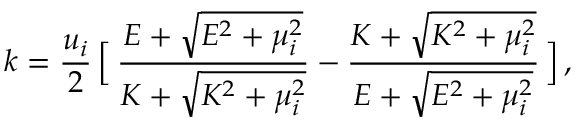
k = { \frac { u _ { i } } { 2 } } \, \Big [ \, { \frac { { \cal E } + \sqrt { { \cal E } ^ { 2 } + \mu _ { i } ^ { 2 } } } { K + \sqrt { K ^ { 2 } + \mu _ { i } ^ { 2 } } } } - { \frac { K + \sqrt { K ^ { 2 } + \mu _ { i } ^ { 2 } } } { { \cal E } + \sqrt { { \cal E } ^ { 2 } + \mu _ { i } ^ { 2 } } } } \, \Big ] \, ,